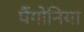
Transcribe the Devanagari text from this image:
पैंगोनिया